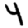
Digit: 4